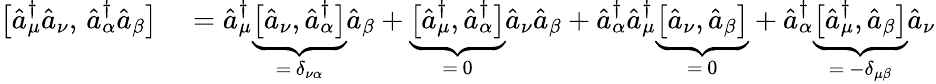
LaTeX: \begin{array}{rl}{\bigl[\hat{a}_{\mu}^{\dagger}\hat{a}_{\nu},\, \hat{a}_{\alpha}^{\dagger}\hat{a}_{\beta}\bigr]}&{{}=\hat{a}_{\mu}^{\dagger}\underbrace{\bigl[\hat{a}_{\nu},\hat{a}_{\alpha}^{\dagger}\bigr]}_{=\, \delta_{\nu\alpha}}\hat{a}_{\beta}+\underbrace{\bigl[\hat{a}_{\mu}^{\dagger},\hat{a}_{\alpha}^{\dagger}\bigr]}_{=\, 0}\hat{a}_{\nu}\hat{a}_{\beta}+\hat{a}_{\alpha}^{\dagger}\hat{a}_{\mu}^{\dagger}\underbrace{\bigl[\hat{a}_{\nu},\hat{a}_{\beta}\bigr]}_{=\, 0}+\hat{a}_{\alpha}^{\dagger}\underbrace{\bigl[\hat{a}_{\mu}^{\dagger},\hat{a}_{\beta}\bigr]}_{=\, -\delta_{\mu\beta}}\hat{a}_{\nu}}\end{array}